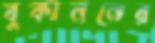
বুকাননের